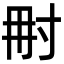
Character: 𡬥